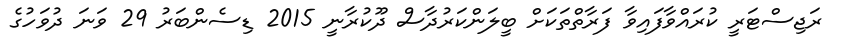
ރަޖިސްޓަރީ ކުރަައްވާފައިވާ ފަރާތްތަކަށް ބީލަންކަރުދާސް ދޫކުރާނީ 2015 ޑިސެންބަރު 29 ވަނަ ދުވަހުގެ